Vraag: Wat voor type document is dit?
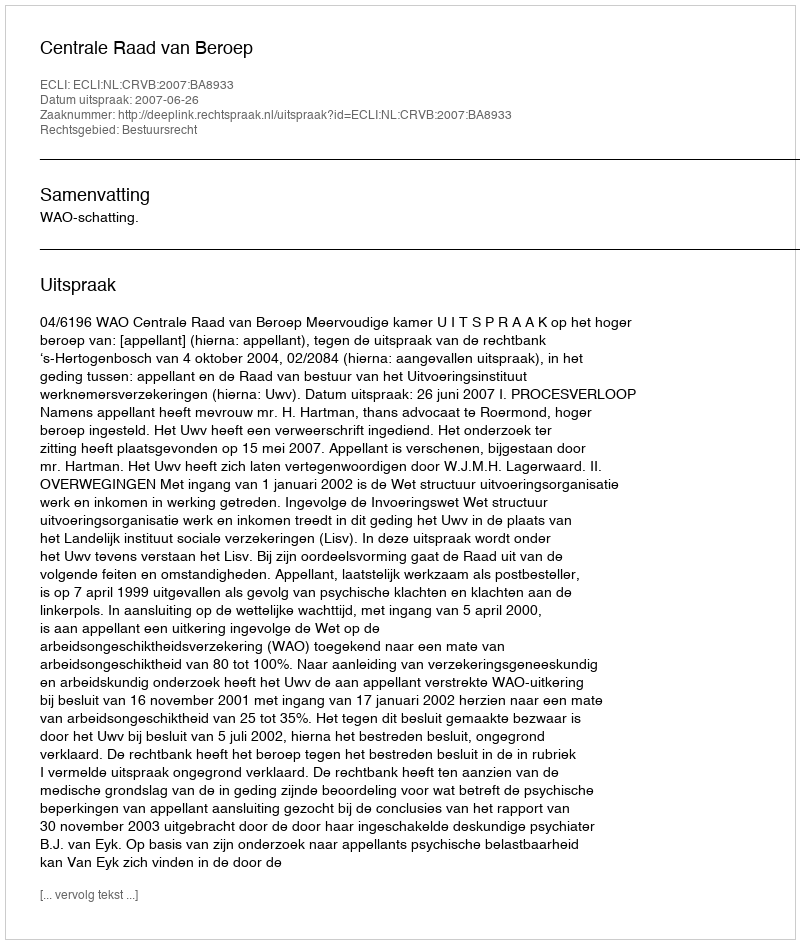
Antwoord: Uitspraak